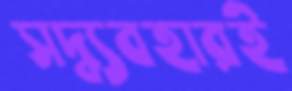
সদ্ব্যবহারই